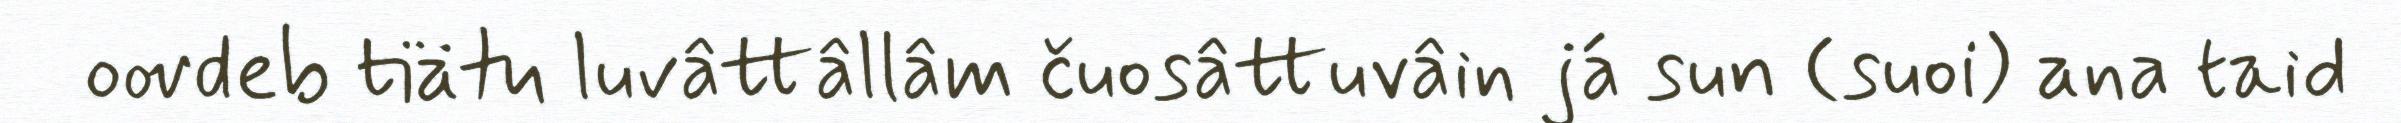
oovdeb tiätu luvâttâllâm čuosâttuvâin já sun (suoi) ana taid